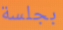
بجلسة